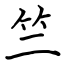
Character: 竺